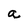
Character: a